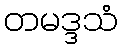
တမဒ္ဒသံ